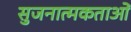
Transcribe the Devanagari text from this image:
सुजनात्मकताओं